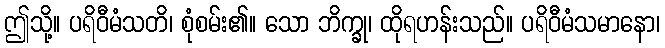
ဤသို့။ ပရိဝီမံသတိ၊ စုံစမ်း၏။ သော ဘိက္ခု၊ ထိုရဟန်းသည်။ ပရိဝီမံသမာနော၊